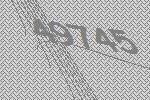
49745